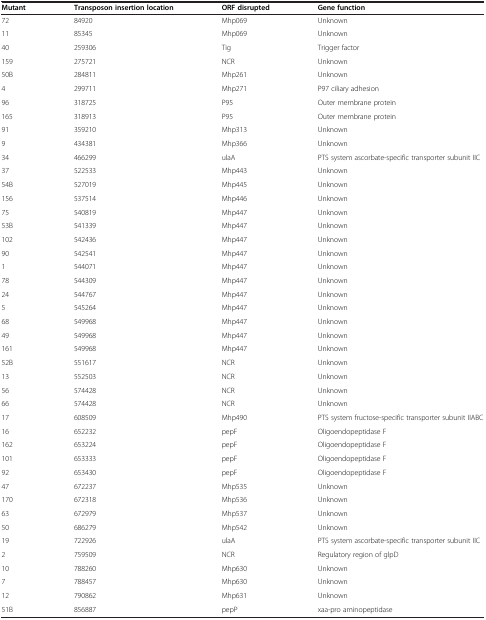
<table><thead><tr><td><b>Mutant</b></td><td><b>Transposon insertion location</b></td><td><b>ORF disrupted</b></td><td><b>Gene function</b></td></tr></thead><tbody><tr><td>72</td><td>84920</td><td>Mhp069</td><td>Unknown</td></tr><tr><td>11</td><td>85345</td><td>Mhp069</td><td>Unknown</td></tr><tr><td>40</td><td>259306</td><td>Tig</td><td>Trigger factor</td></tr><tr><td>159</td><td>275721</td><td>NCR</td><td>Unknown</td></tr><tr><td>50B</td><td>284811</td><td>Mhp261</td><td>Unknown</td></tr><tr><td>4</td><td>299711</td><td>Mhp271</td><td>P97 ciliary adhesion</td></tr><tr><td>96</td><td>318725</td><td>P95</td><td>Outer membrane protein</td></tr><tr><td>165</td><td>318913</td><td>P95</td><td>Outer membrane protein</td></tr><tr><td>91</td><td>359210</td><td>Mhp313</td><td>Unknown</td></tr><tr><td>9</td><td>434381</td><td>Mhp366</td><td>Unknown</td></tr><tr><td>34</td><td>466299</td><td>ulaA</td><td>PTS system ascorbate-specific transporter subunit IIC</td></tr><tr><td>37</td><td>522533</td><td>Mhp443</td><td>Unknown</td></tr><tr><td>54B</td><td>527019</td><td>Mhp445</td><td>Unknown</td></tr><tr><td>156</td><td>537514</td><td>Mhp446</td><td>Unknown</td></tr><tr><td>75</td><td>540819</td><td>Mhp447</td><td>Unknown</td></tr><tr><td>53B</td><td>541339</td><td>Mhp447</td><td>Unknown</td></tr><tr><td>102</td><td>542436</td><td>Mhp447</td><td>Unknown</td></tr><tr><td>90</td><td>542541</td><td>Mhp447</td><td>Unknown</td></tr><tr><td>1</td><td>544071</td><td>Mhp447</td><td>Unknown</td></tr><tr><td>78</td><td>544309</td><td>Mhp447</td><td>Unknown</td></tr><tr><td>24</td><td>544767</td><td>Mhp447</td><td>Unknown</td></tr><tr><td>5</td><td>545264</td><td>Mhp447</td><td>Unknown</td></tr><tr><td>68</td><td>549968</td><td>Mhp447</td><td>Unknown</td></tr><tr><td>49</td><td>549968</td><td>Mhp447</td><td>Unknown</td></tr><tr><td>161</td><td>549968</td><td>Mhp447</td><td>Unknown</td></tr><tr><td>52B</td><td>551617</td><td>NCR</td><td>Unknown</td></tr><tr><td>13</td><td>552503</td><td>NCR</td><td>Unknown</td></tr><tr><td>56</td><td>574428</td><td>NCR</td><td>Unknown</td></tr><tr><td>66</td><td>574428</td><td>NCR</td><td>Unknown</td></tr><tr><td>17</td><td>608509</td><td>Mhp490</td><td>PTS system fructose-specific transporter subunit IIABC</td></tr><tr><td>16</td><td>652232</td><td>pepF</td><td>Oligoendopeptidase F</td></tr><tr><td>162</td><td>653224</td><td>pepF</td><td>Oligoendopeptidase F</td></tr><tr><td>101</td><td>653333</td><td>pepF</td><td>Oligoendopeptidase F</td></tr><tr><td>92</td><td>653430</td><td>pepF</td><td>Oligoendopeptidase F</td></tr><tr><td>47</td><td>672237</td><td>Mhp535</td><td>Unknown</td></tr><tr><td>170</td><td>672318</td><td>Mhp536</td><td>Unknown</td></tr><tr><td>63</td><td>672979</td><td>Mhp537</td><td>Unknown</td></tr><tr><td>50</td><td>686279</td><td>Mhp542</td><td>Unknown</td></tr><tr><td>19</td><td>722926</td><td>ulaA</td><td>PTS system ascorbate-specific transporter subunit IIC</td></tr><tr><td>2</td><td>759509</td><td>NCR</td><td>Regulatory region of glpD</td></tr><tr><td>10</td><td>788260</td><td>Mhp630</td><td>Unknown</td></tr><tr><td>7</td><td>788457</td><td>Mhp630</td><td>Unknown</td></tr><tr><td>12</td><td>790862</td><td>Mhp631</td><td>Unknown</td></tr><tr><td>51B</td><td>856887</td><td>pepP</td><td>xaa-pro aminopeptidase</td></tr></tbody></table>